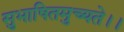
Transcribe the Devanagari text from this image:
सुभाषितमुच्यते।।